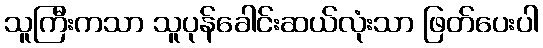
သူကြီးကသာ သူပုန်ခေါင်းဆယ်လုံးသာ ဖြတ်ပေးပါ